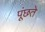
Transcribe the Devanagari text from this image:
पूंछते